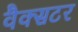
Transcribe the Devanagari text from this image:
वैक्सटर